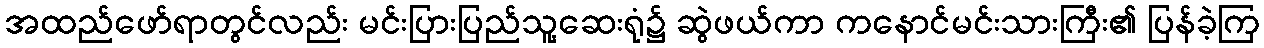
အထည်ဖော်ရာတွင်လည်း မင်းပြားပြည်သူ့ဆေးရုံ၌ ဆွဲဖယ်ကာ ကနောင်မင်းသားကြီး၏ ပြန်ခဲ့ကြ